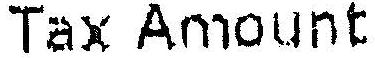
TAX AMOUNT